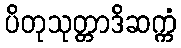
ပိတုသုတ္တာဒိဆက္ကံ